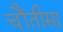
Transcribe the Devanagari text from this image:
चौंतीसा